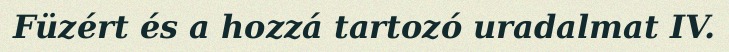
Füzért és a hozzá tartozó uradalmat IV.